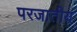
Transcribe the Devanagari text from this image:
परजातीय